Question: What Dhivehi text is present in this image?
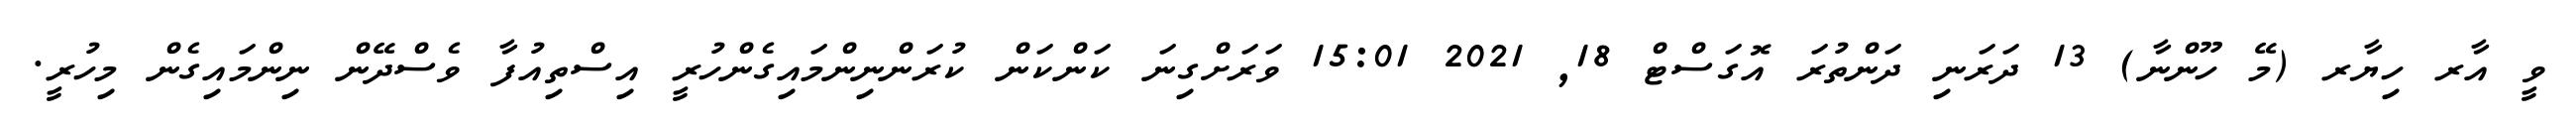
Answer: ވީ އާރ ހިޔާރ (މޭ ހޫންނާ) 13 ދަރަނި ދަންތުރަ އޮގަސްޓް 18, 2021 15:01 ވަރަށްގިނަ ކަންކަން ކުރަންނިންމައިގެންހުރީ އިސްތިއުފާ ވެސްދޭން ނިންމައިގެން މިހުރީ.